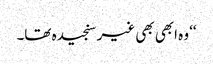
‘‘ وہ ابھی بھی غیر سنجیدہ تھا۔